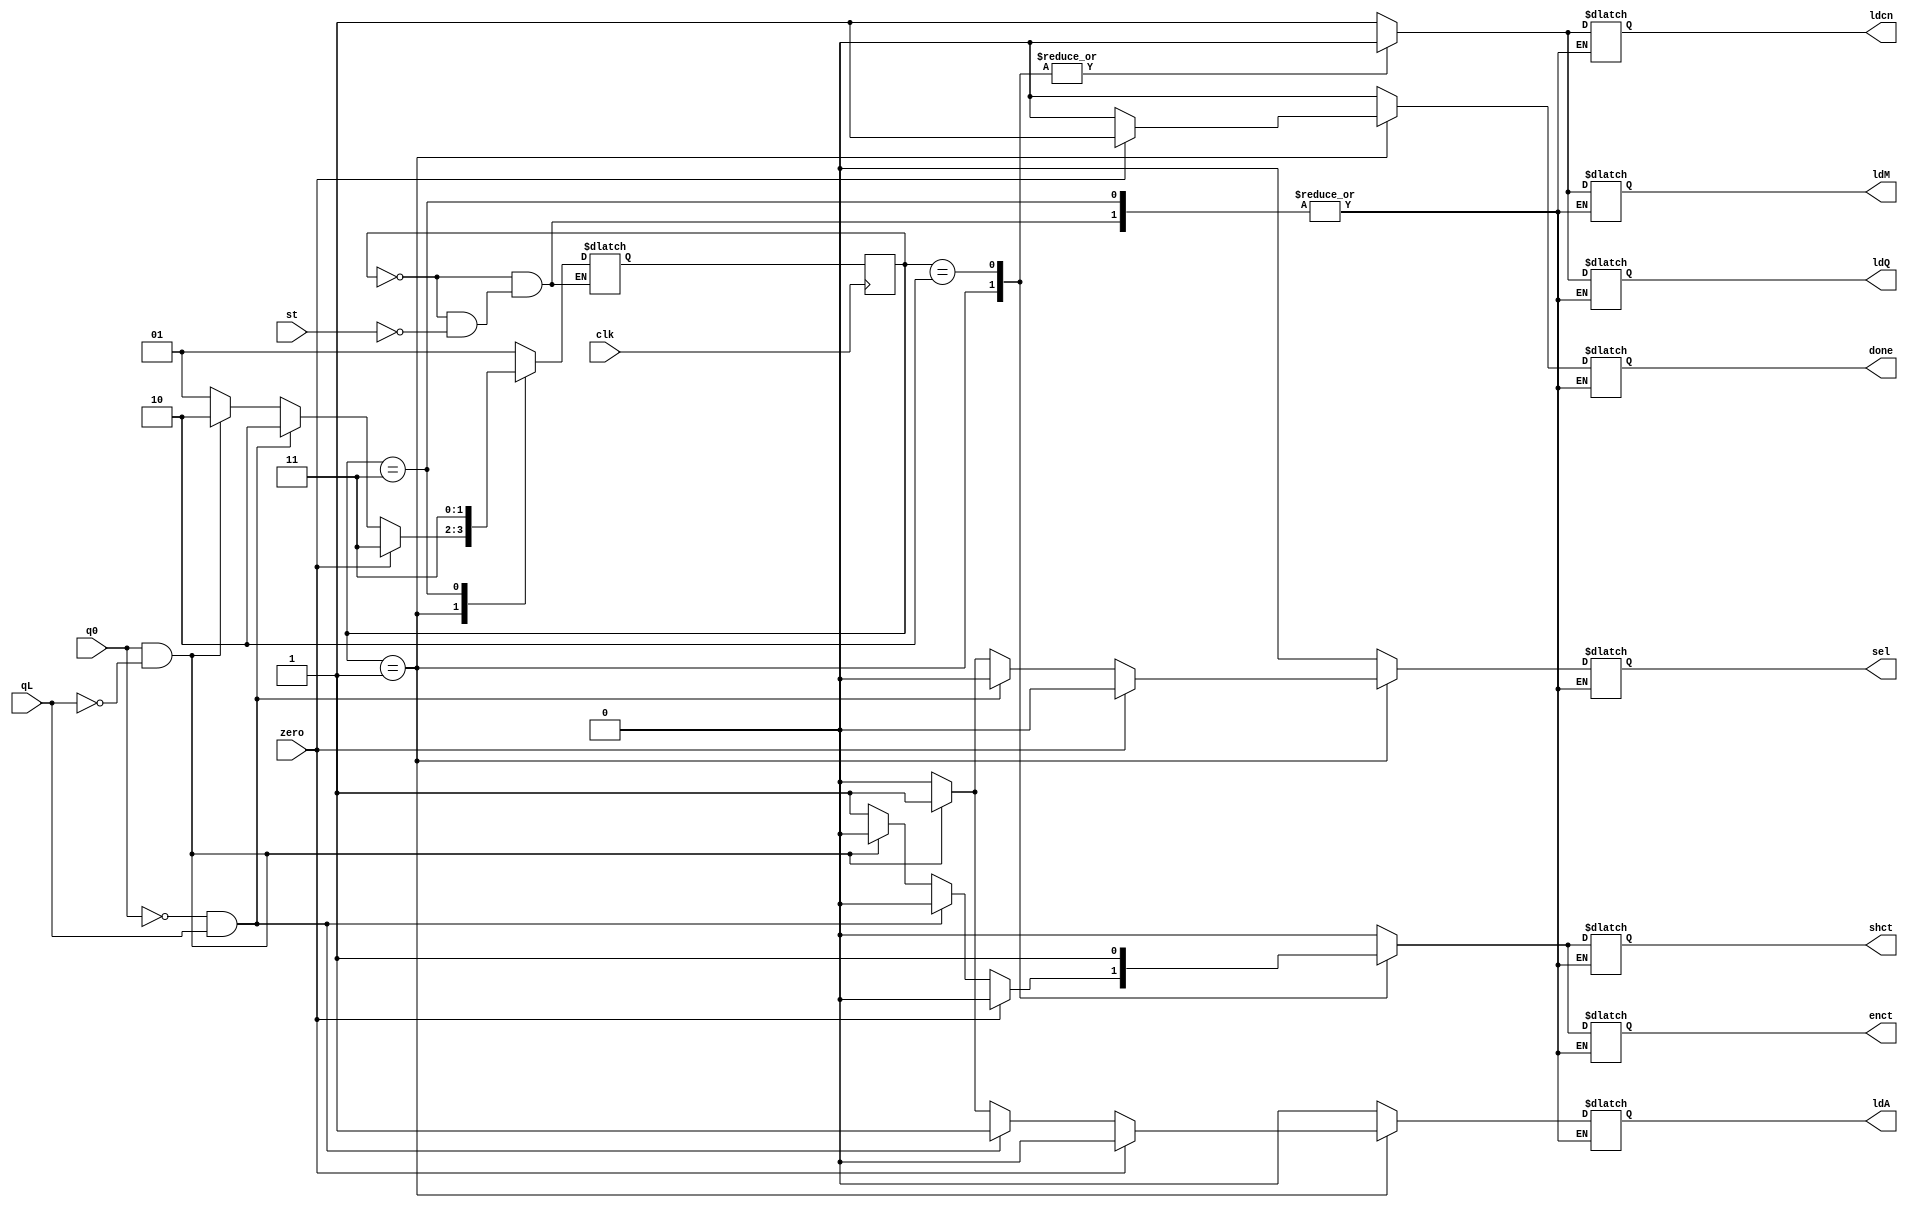
`timescale 1ns / 1ps
//////////////////////////////////////////////////////////////////////////////////
// Company: 
// Engineer: 
// 
// Design Name: 
// Module Name: BMCPN
// Project Name: 
// Target Devices: 
// Tool Versions: 
// Description: 
// 
// Dependencies: 
// 
// Revision:
// Revision 0.01 - File Created
// Additional Comments:
// 
//////////////////////////////////////////////////////////////////////////////////


module BMCPN(output reg ldA,ldQ,ldM,ldcn,enct,shct,sel,done,input st,q0,qL,zero,clk);
reg [1:0] state,next_state;
parameter s0 = 2'b00, s1= 2'b01, s2 =2'b10, s3 =2'b11;
always @(posedge clk)
    state<=next_state;
always @(state,st,q0,qL,zero)
begin
    case (state)
    s0 : if(st) begin ldA=0;ldQ=1;ldM=1;ldcn=1;enct=0;shct=0;sel=0;done=0; next_state=s1; end 
    s1 : if (zero) begin ldA=0;ldQ=0;ldM=0;ldcn=0;enct=0;shct=0;sel=0;done=1; next_state= s3; end 
         else 
         begin if(~q0 && qL) begin  ldA=1;ldQ=0;ldM=0;ldcn=0;enct=0;shct=0;sel=0;done=0; next_state=s2; end
               else if(q0 && ~qL) begin ldA=1;ldQ=0;ldM=0;ldcn=0;enct=0;shct=0;sel=1;done=0; next_state = s2; end 
               else begin ldA=0;ldQ=0;ldM=0;ldcn=0;enct=1;shct=1;sel=0;done=0;next_state = s1; end 
         end
    s2 : begin ldA=0;ldQ=0;ldM=0;ldcn=0;enct=1;shct=1;sel=0;done=0; next_state = s1; end
    s3: next_state = s3;
    default : begin ldA=0;ldQ=0;ldM=0;ldcn=0;enct=0;shct=0;sel=0;done=0; next_state= s0; end
    endcase
end
endmodule